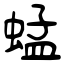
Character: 蜢